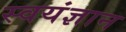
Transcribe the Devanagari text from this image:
स्वयंज्ञान